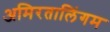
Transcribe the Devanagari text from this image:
अमिरतालिंगम